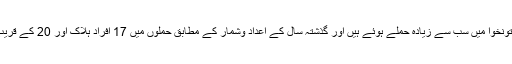
صوبہ خیبر پختونخوا میں سب سے زیادہ حملے ہوئے ہیں اور گذشتہ سال کے اعداد وشمار کے مطابق حملوں میں 17 افراد ہلاک اور 20 کے قریب زخمی ہوئے۔